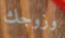
وزوجك